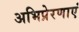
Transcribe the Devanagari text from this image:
अभिप्रेरणाएं